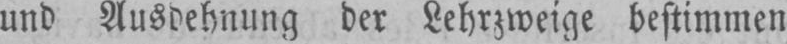
und Ausdehnung der Lehrzweige bestimmen